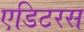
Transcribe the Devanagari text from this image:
एडिटरस